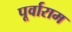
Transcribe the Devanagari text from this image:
पूर्वाराम